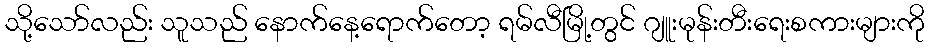
သို့သော်လည်း သူသည် နောက်နေ့ရောက်တော့ ရမ်လီမြို့တွင် ဂျူးမုန်းတီးရေးစကားများကို